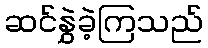
ဆင်နွှဲခဲ့ကြသည်